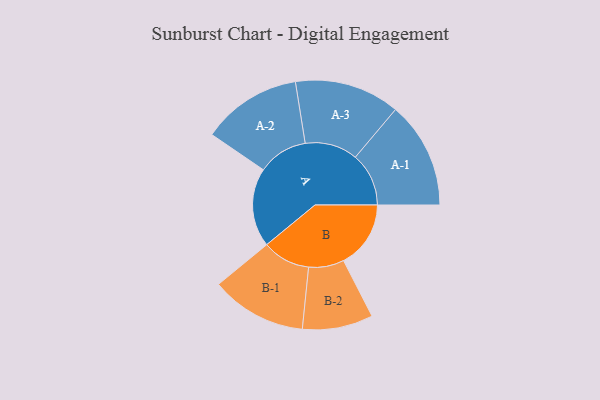
{"axis": {"x": "Segment", "y": "Value"}, "legend": ["", "A", "B"], "data": [{"x": "A", "y": 433, "type": ""}, {"x": "B", "y": 369, "type": ""}, {"x": "A-1", "y": 293, "type": "A"}, {"x": "A-2", "y": 274, "type": "A"}, {"x": "A-3", "y": 289, "type": "A"}, {"x": "B-1", "y": 263, "type": "B"}, {"x": "B-2", "y": 194, "type": "B"}]}